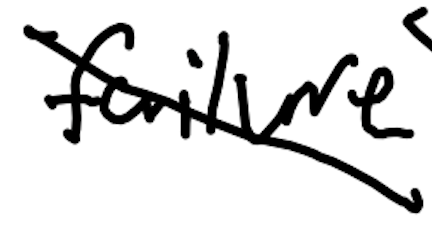
Text: failure
Cross-out: diagonal
Writing tool: digital_black